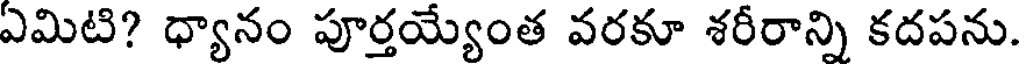
ఎమిటి? ధ్యానం పూర్తయ్యేంత వరకూ శరీరాన్ని కదపను.